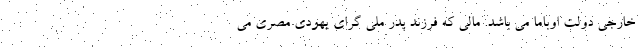
خارجی دولت اوباما می باشد. مالی که فرزند پدر ملی گرای یهودی مصری می